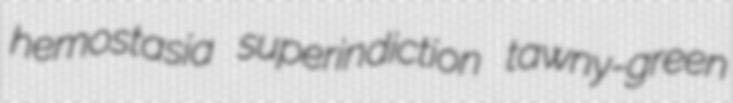
hemostasia superindiction tawny-green